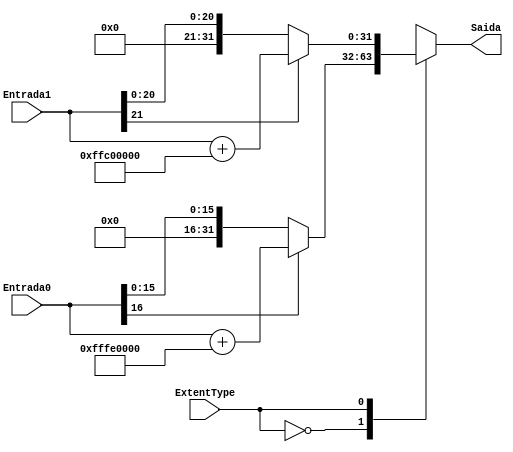
module Extensor(Entrada0, Entrada1, ExtentType, Saida);

	input [16:0] Entrada0;
	input [21:0] Entrada1;
	input ExtentType;
	output reg [31:0] Saida;
	
	always @(*) begin
		case(ExtentType)
		0: begin
				Saida = Entrada0;
				if(Entrada0[16] == 1)
					Saida = Saida + 32'b11111111111111100000000000000000;
			end
		1: begin
				Saida = Entrada1;
				if(Entrada1[21] == 1)
					Saida = Saida + 32'b11111111110000000000000000000000;
			end
		endcase
	end
	
endmodule